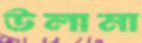
উলামা